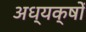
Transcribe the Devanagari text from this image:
अध्यक्षोँ